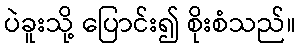
ပဲခူးသို့ ပြောင်း၍ စိုးစံသည်။